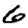
Digit: 6